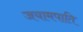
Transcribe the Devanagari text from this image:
जयामपाति